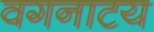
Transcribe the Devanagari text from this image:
वगनाटय